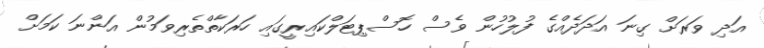
އަދި ވަރަށް ގިނަ އަދަދެއްގެ ފުލުހުން ވެސް ހޮސްޕިޓަލްކައިރީގައި ހަރަކާތްތެރިވަމުން އަންނަ ކަމަށް